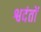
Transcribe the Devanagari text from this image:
श्वदंतों